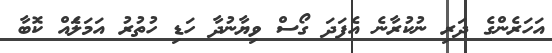
އަހަރެންގެ ދަރި ނުުކުރާނެ އެފަދަ ގޯސް ވިޔާނުދާ ހަޑި ހުތުރު އަމަލެައް ކޮބާ